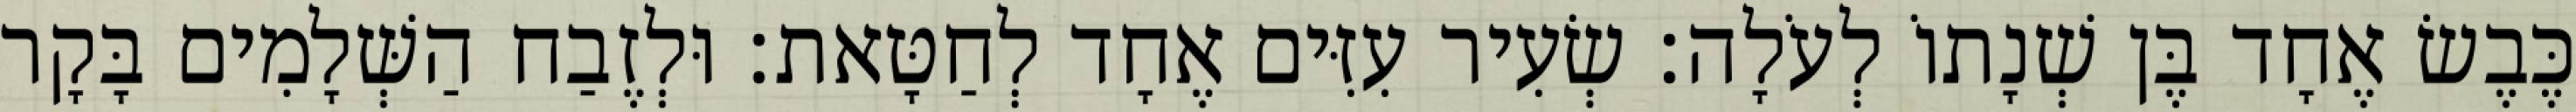
כֶּבֶשׂ אֶחָד בֶּן שְׁנָתוֹ לְעֹלָה׃ שְׂעִיר עִזִּים אֶחָד לְחַטָּאת׃ וּלְזֶבַח הַשְּׁלָמִים בָּקָר